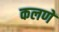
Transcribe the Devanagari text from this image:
कलणें